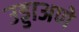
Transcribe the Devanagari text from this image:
उड्डाअणे